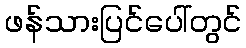
ဖန်သားပြင်ပေါ်တွင်